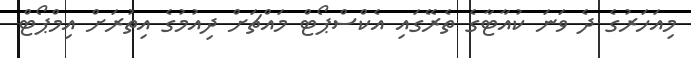
މިއަހަރުގެ ދެ ވަނަ ކުއާޓާގެ ތެރޭގައި އެކްސްޕޯޓް މައްޗަށް ދިއުމުގެ އިތުރަށް އިމްޕޯޓް